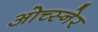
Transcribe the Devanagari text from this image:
ओच्स्नेर